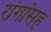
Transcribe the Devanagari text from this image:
रांगांसह